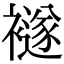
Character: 襚